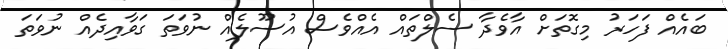
ބައެއް ފަހަރު މިގޮތަށް އާވެދާ ސެލްތައް އެއްވެސް އުސޫލެއް ނުވަތަ ގަވާއިދެއް ނުވަތަ